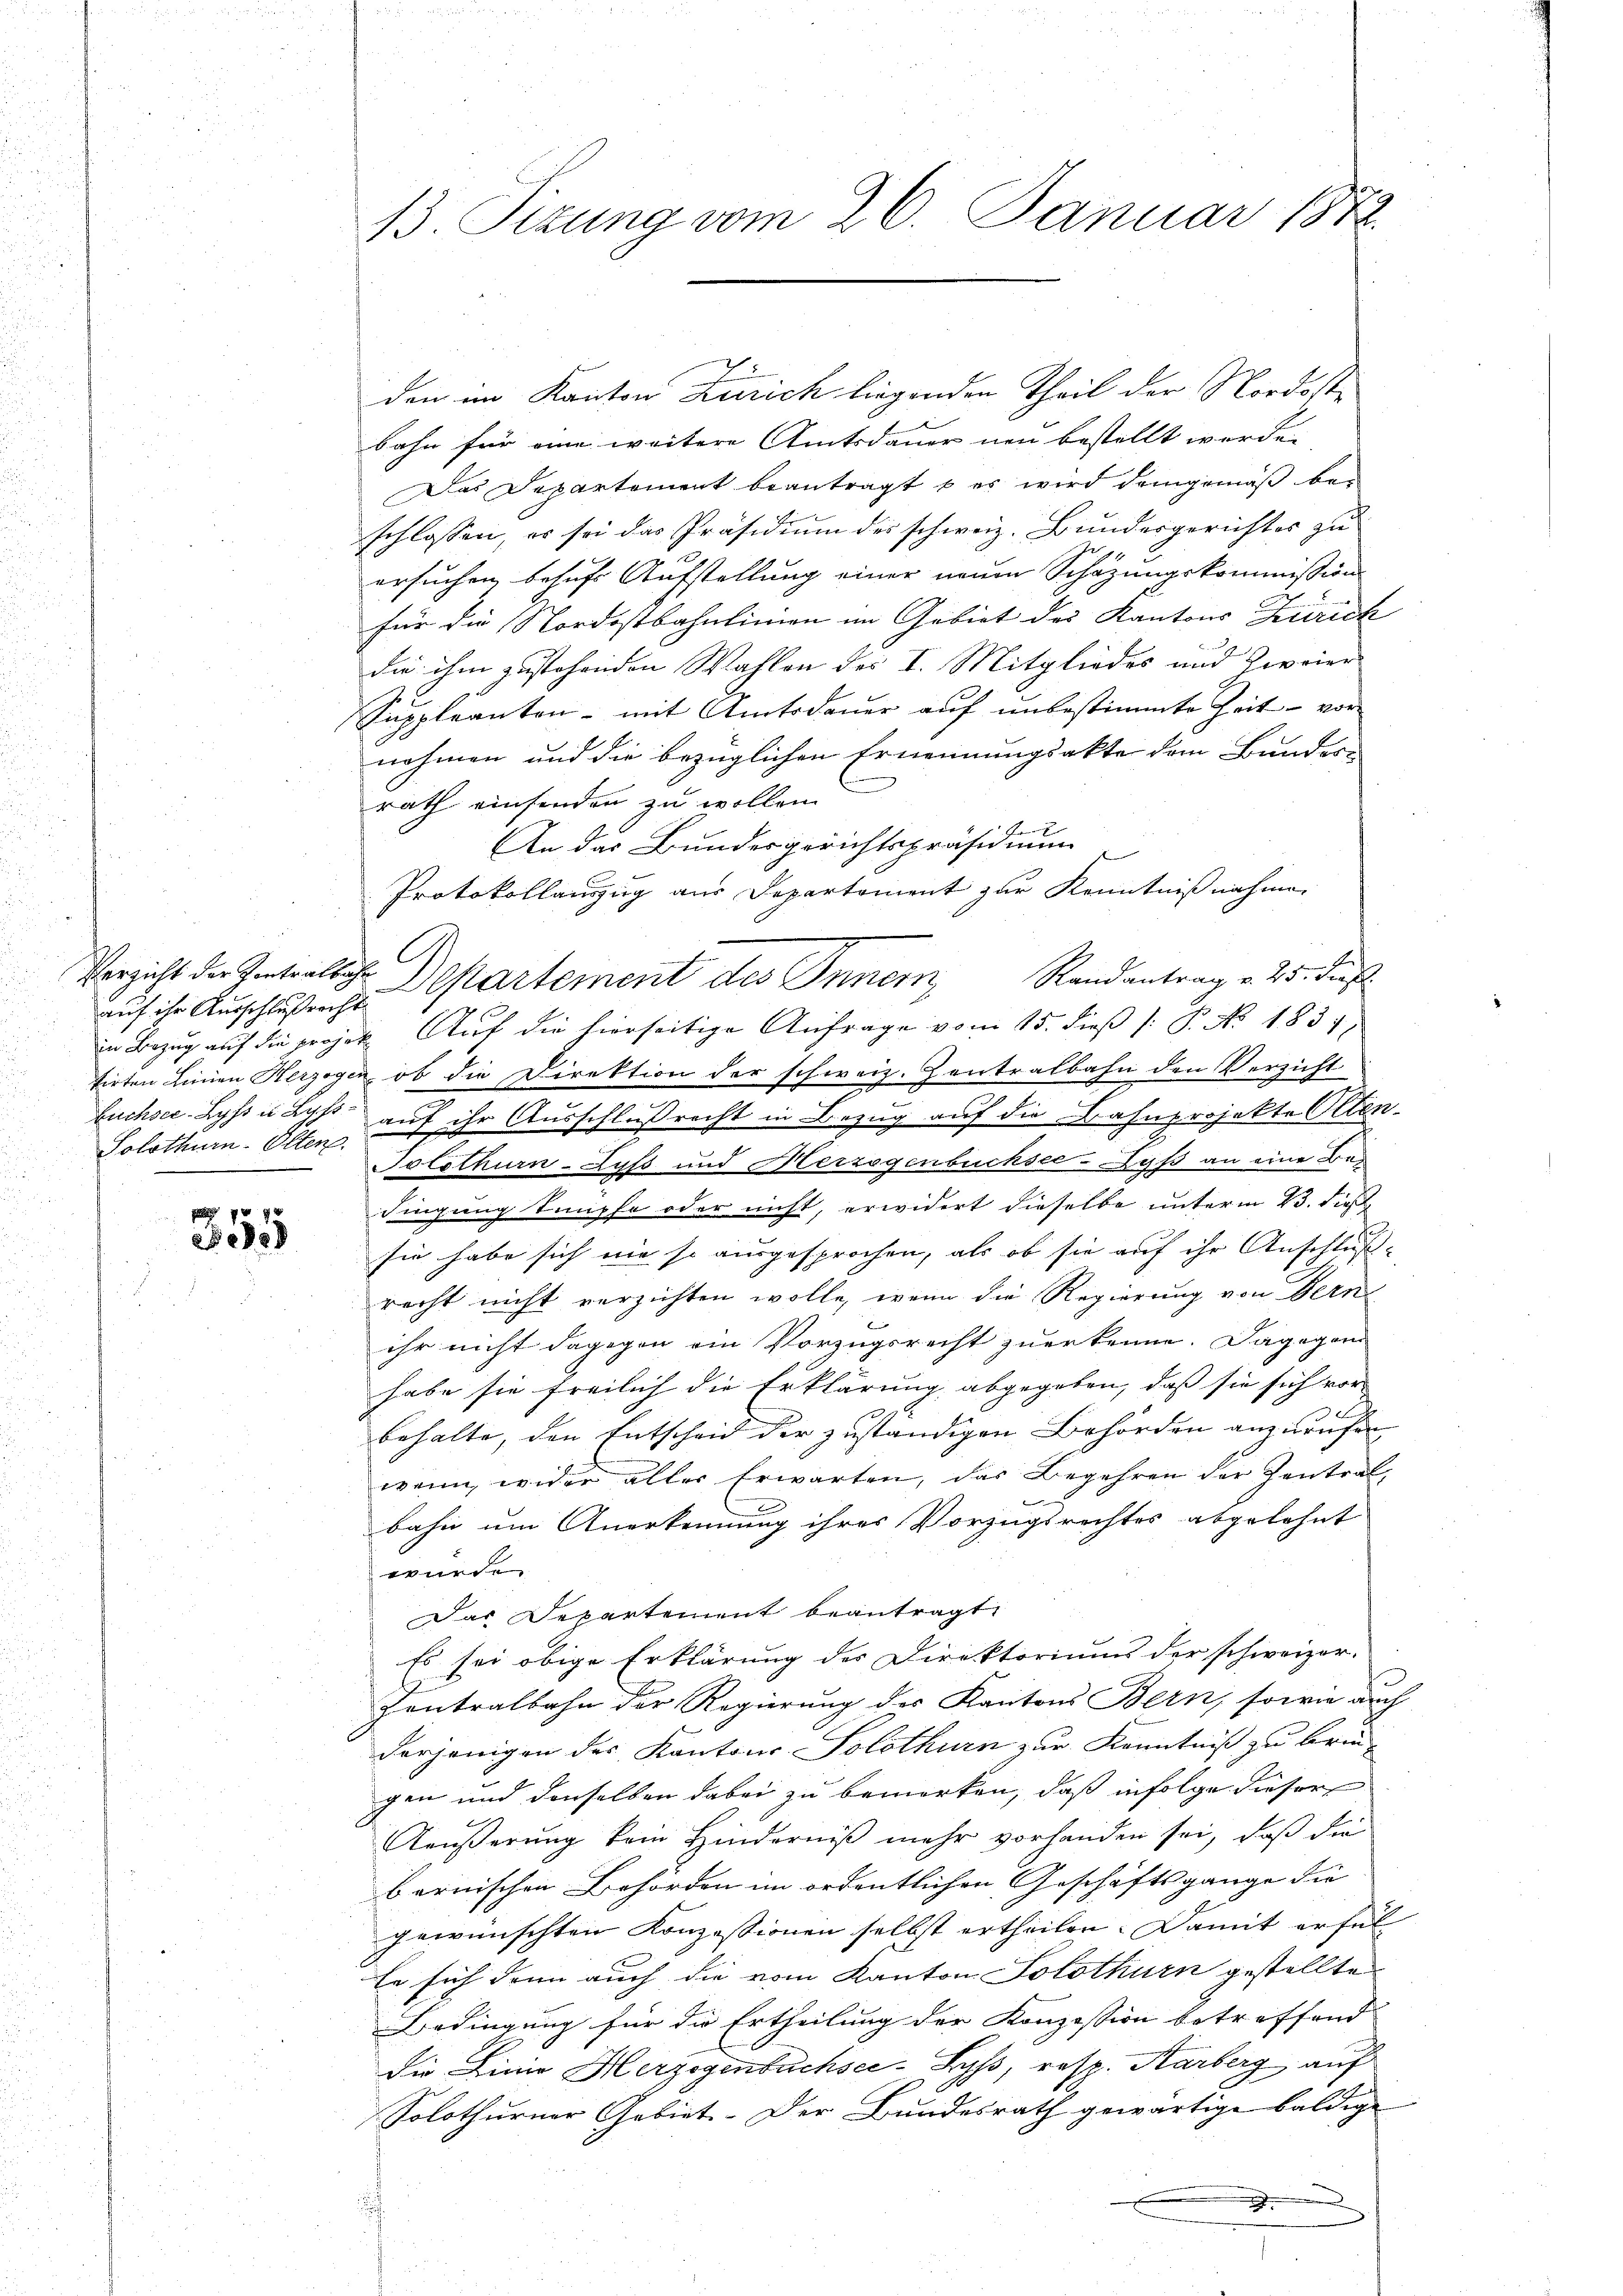
Verzicht der Zentralbahn
Solothurn-Olten.

355

B3. Sizung vom 26. Januar 1878.

den im Kanton Zürich liegenden Theil der Nordoste
bahn für eine weitere Amtsdauer neu bestellt werden
Das Departement beantragt b es wird demgemäß beschlossen, es sei das Präsidium des schweiz. Bundesgerichtes zu
ersuchen behufs Aufstellung einer neuen Schazungskommission
für die Nordostbahnlinien im Gebiet des Kantons Zürich
die ihm zustehenden Wahlen des I. Mitgliedes und Zweier
Suppleanten - mit Amtsdauer auf unbestimmte Zeit - vor
nehmen und die bezüglichen Ernennungsakte dem Bundes-
rath einsenden zu wollen
An das Bundesgerichtspräsidium
Protokollauszug aus Departement zur Kenntnißnahmen
.
auf ihr Ausschlußes Gartement des Innern, Randantrag v. 25. Fuß.
in Bezug auf die projek. Aŭf die hierseitige Anfrage vom 15. dieβ (: P. No. 1831.
tirten Linnen Herzogen, ob die Direktion der schweiz. Zentralbahn den Verzicht
.
buchsee Lyss u. Last auf ihr Ausschlußrecht in Bezug auf die Bahnprojekte Otten-
Solothurn-Lyss und Herzogenbüchsee-Lyß an eine Bedingung knüpfe oder nicht, erwidert dieselbe unterm 23. dies
sie habe sich nie so ausgesprochen, als ob sie auf ihr Anschluß
recht nicht verzichten wolle, wenn die Regierung von Dern
ihr nicht dagegen ein Vorzugsrecht zuerkenne. Dagegen
habe sie freilich die Erklärung abgegeben, daß sie sich vor
2
behalte, den Entscheid der zuständigen Behörden anzurufen,
wann, wider aller Erwarten, das Begehren der Zentral¬
.
bahn um Anerkennung ihres Vorzugsrechtes abgelehnt
wurde.
Das Departement beantragt.
Es sei obige Erklärung der Direktoriums der schweizer-
Zentralbahn der Regierung der Kantons Bern, sowie auch
derjenigen des Kantons Solothurn zur Kenntniß zu brin-
gen und denselben dabei zu bemerken, daß infolge dieser
Aäußerung kein Hinderniß mehr vorhanden sei, daß die
bernischen Behörden im ordentlichen Geschäftsgange die |
gewünschten Konzessionen selbst ertheilen. Damit erfül
Er sich dann auch die vom Kanton Solothurn gestellte
Bedingung für die Ertheilung der Konzession betreffend
Die Linie Herzogenbuchsee-Syss, resp. Karberg auf
Solothurner Gebiet. Der Bundesrath gewärtige baldige
x
x